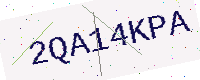
Text: 2QA14KPA